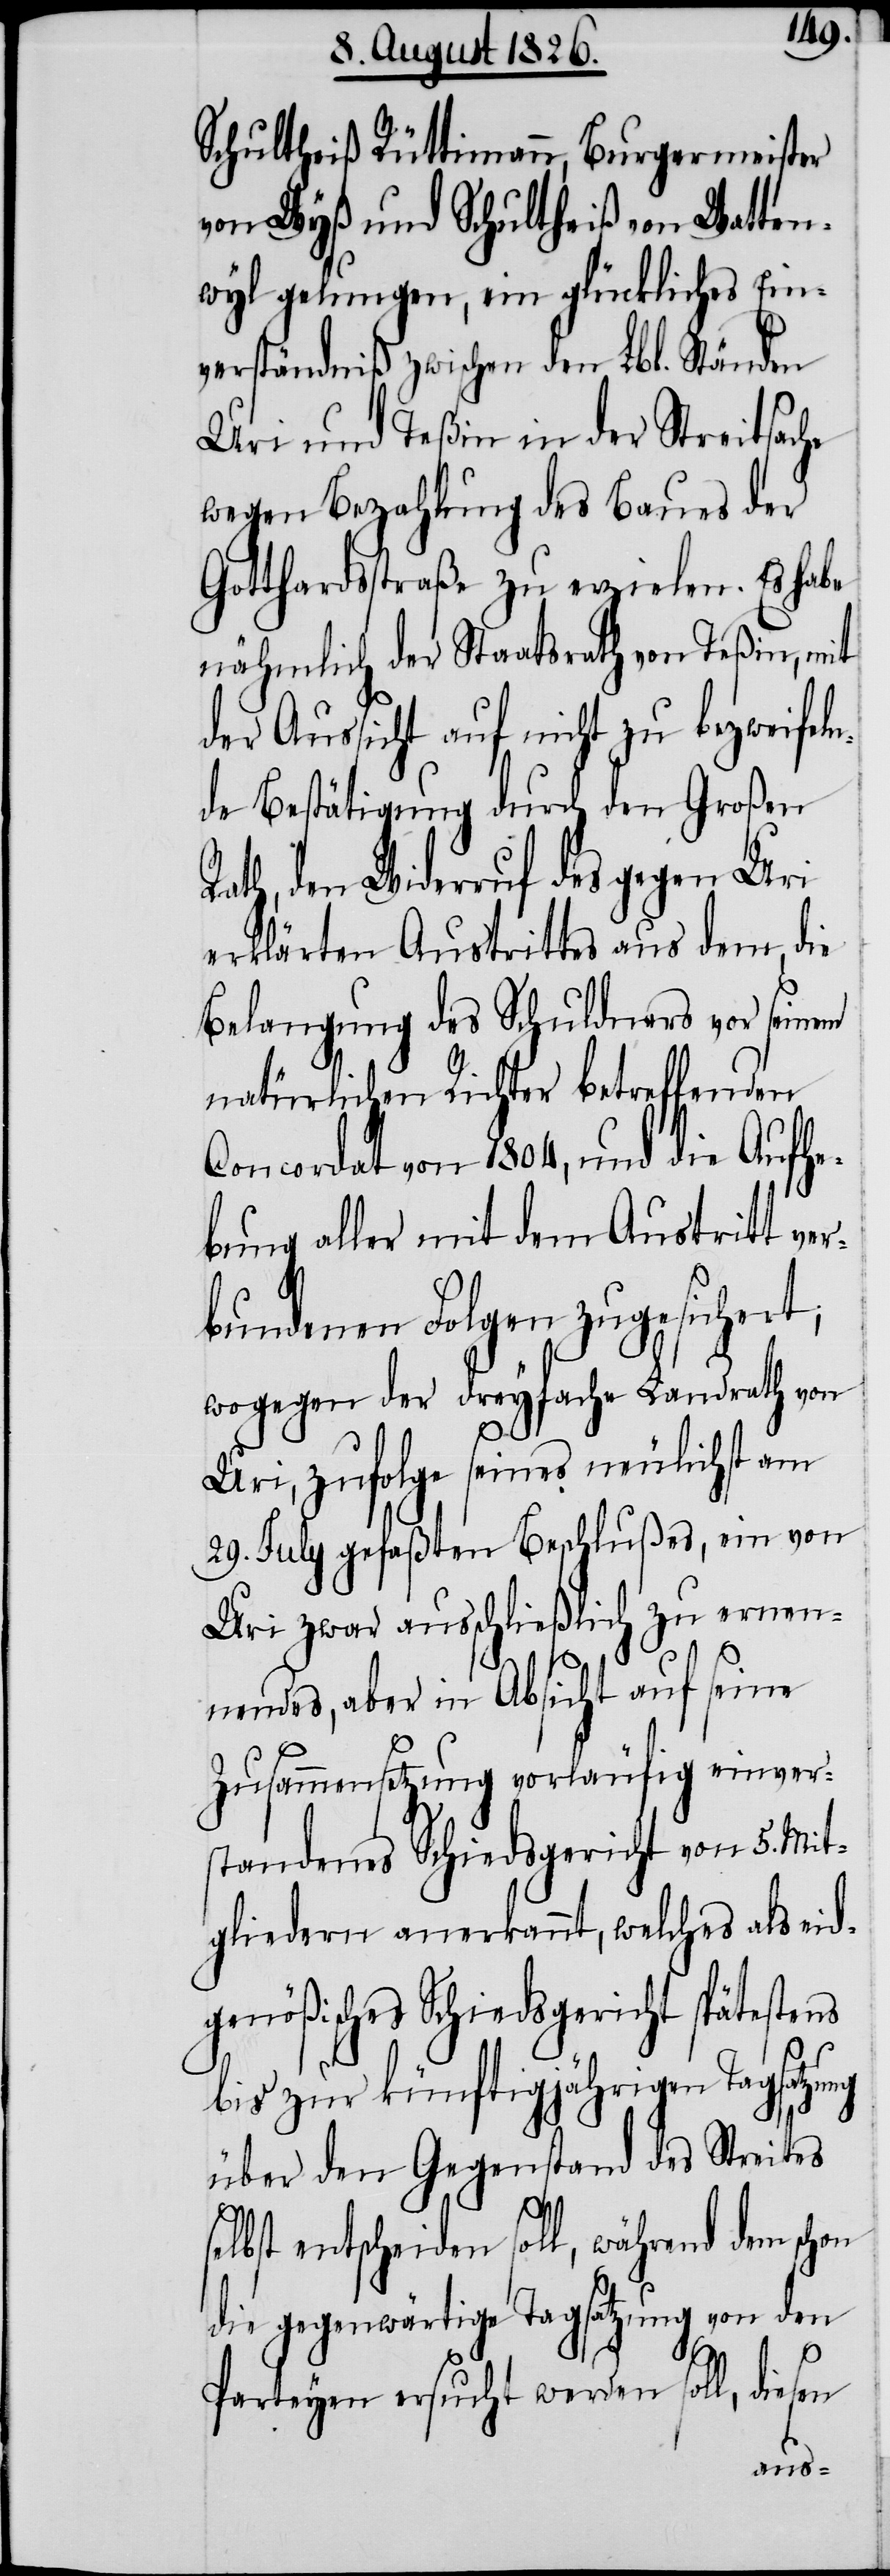
Schultheiß Rüttimann, Burgermeister
von Wyß und Schultheiß von Watten¬
wyl gelungen, ein glückliches Ein¬
verständniß zwischen den Lbl. Ständen
Uri und Teßin in der Streitsache
wegen Bezahlung des Baues der
Gotthardstraße zu erzielen. Es habe
nähmlich der Staatsrath von Teßin, mit
der Aussicht auf nicht zu bezweifeln¬
de Bestätigung durch den Großen
Rath, den Widerruf des gegen Uri
erklärten Austrittes aus dem, die
Belangung des Schuldners vor seinem
natürlichen Richter betreffenden
Concordat von 1804, und die Aufhe¬
bung aller mit dem Austritt ver¬
bundenen Folgen zugesichert;
wogegen der dreyfache Landrath von
Uri, zufolge seines neulichst am
29. July gefaßten Beschlußes, ein von
Uri zwar ausschließlich zu ernen¬
nendes, aber in Absicht auf seine
Zusammensetzung vorläufig einver¬
standenes Schiedsgericht von 5. Mit¬
gliedern anerkannt, welches als eid¬
genößisches Schiedsgericht spätestens
bis zur künftigjährigen Tagsatzung
über den Gegenstand des Streites
entscheiden soll, während dem schon
die gegenwärtige Tagsatzung von den
Parteyen ersucht werden soll, diesen